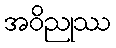
အဝိညုဿ